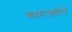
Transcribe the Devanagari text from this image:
कामजतीर्थ